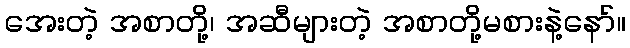
အေးတဲ့ အစာတို့၊ အဆီများတဲ့ အစာတို့မစားနဲ့နော်။